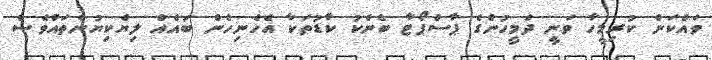
ވައްކަން ކުރިމީހާ ވަނީ ދެމީހުންގެ ޕާސްޕޯޓާ ބެންކު ކާޑުތަކާ އެހެނިހެން ބައެއް ލިޔެކިޔުންތައްވެސް